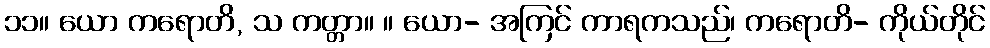
၁၁။ ယော ကရောတိ, သ ကတ္တာ။ ။ ယော- အကြင် ကာရကသည်၊ ကရောတိ- ကိုယ်တိုင်